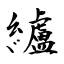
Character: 纑